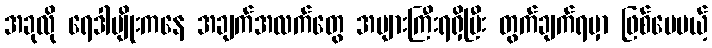
အခုလို ရေဒါမျိုးကနေ အချက်အလက်တွေ အများကြီးရရှိပြီး တွက်ချက်ရမှာ ဖြစ်ပေမယ့်